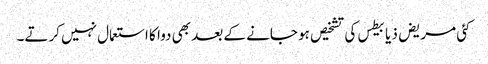
کئی مریض ذیابیطس کی تشخیص ہو جانے کے بعد بھی دوا کا استعمال نہیں‌ کرتے۔